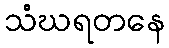
သံဃရတနေ